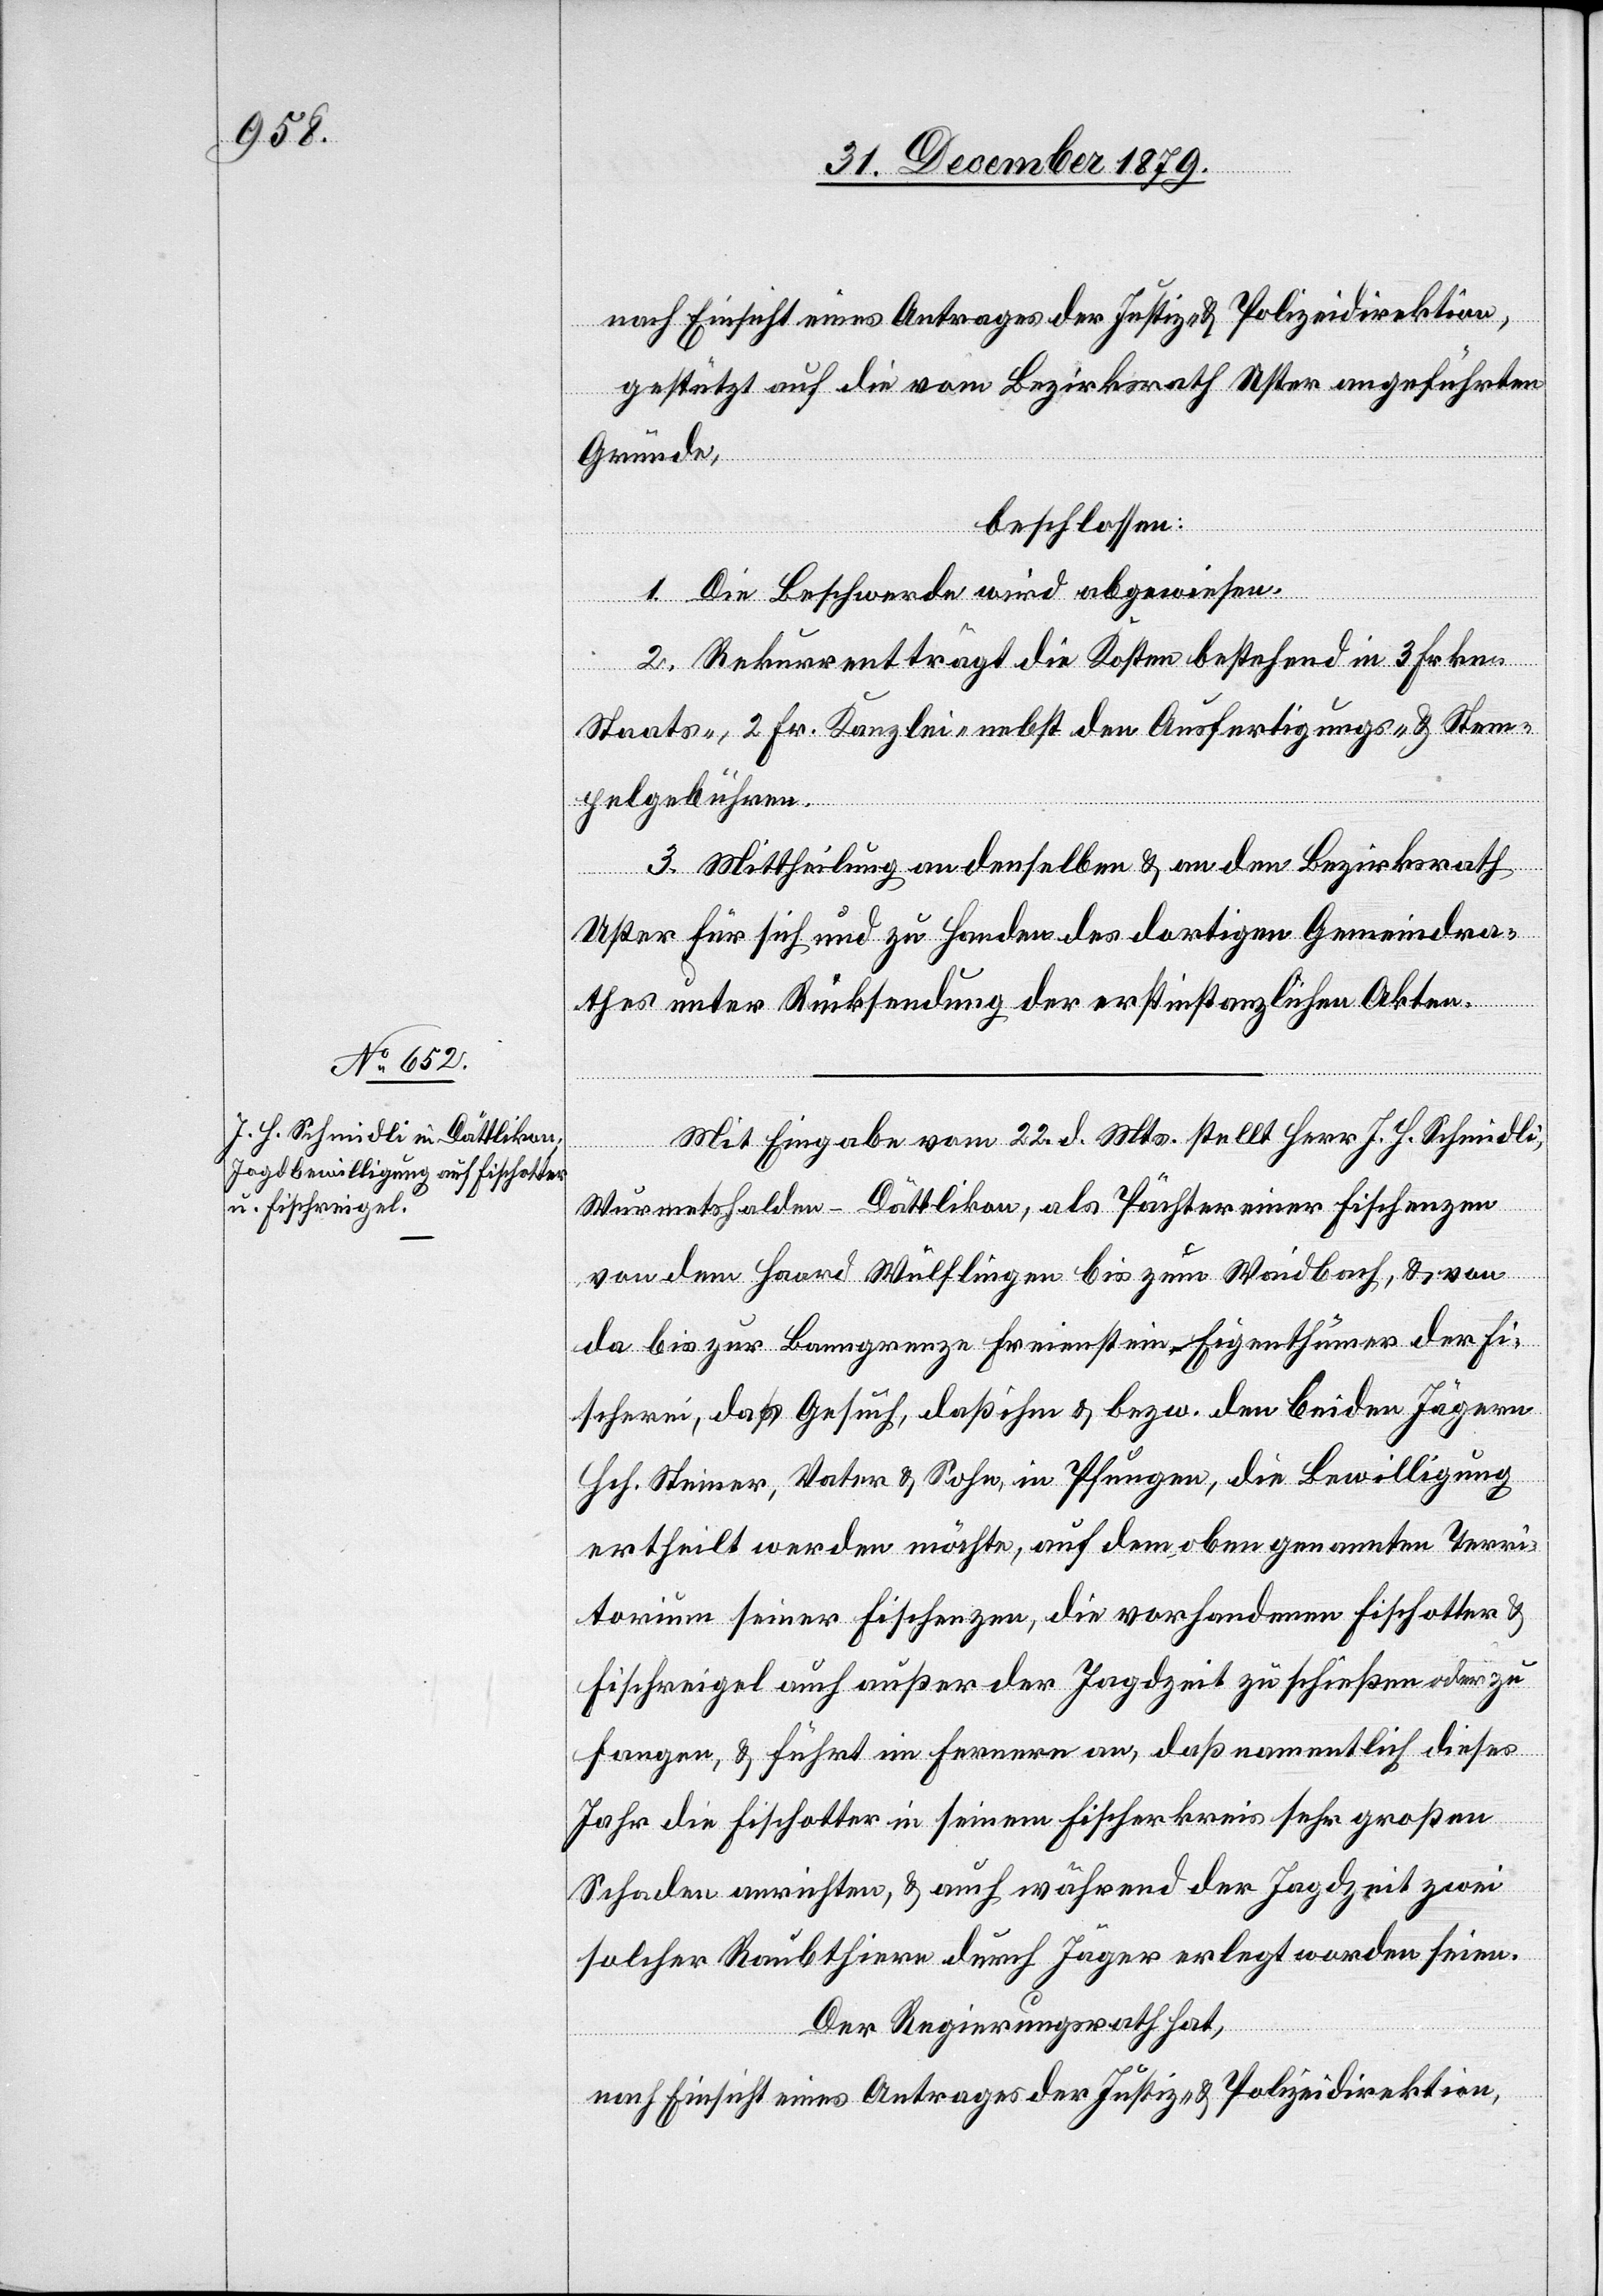
nach Einsicht eines Antrages der Justiz- & Polizeidirektion,
gestützt auf die vom Bezirksrath Uster angeführten
Gründe,
beschlossen:
1. Die Beschwerde wird abgewiesen.
2. Rekurrent trägt die Kosten bestehend in 3 Frkn.
Staats-, 2 Fr. Kanzlei- nebst den Ausfertigungs- & Stem¬
pelgebühren.
3. Mittheilung an denselben & an den Bezirksrath
Uster für sich und zu Handen des dortigen Gemeindra¬
thes unter Rücksendung der erstinstanzlichen Akten.
Mit Eingabe vom 22. d. Mts stellt Herr J. J. Schmidli,
Wurmetshalden - Dättlikon, als Pächter einer Fischenzen
von dem Haard Wülflingen bis zum Waidbach, & von
da bis zur Baumgrenze Freienstein, Eigenthümer der Fi¬
scherei, das Gesuch, daß ihm & bezw. den beiden Jägern
Hch. Steiner, Vater & Sohn, in Pfungen, die Bewilligung
ertheilt werden möchte, auf dem oben genannten Terri¬
torium seiner Fischenzen, die vorhandenen Fischotter &
Fischreigel auch außer der Jagdzeit zu schießen oder zu
fangen, & führt im fernern an, daß namentlich dieses
Jahr die Fischotter in seinem Fischerkreis sehr großen
Schaden anrichten, & auch während der Jagdzeit zwei
solcher Raubthiere durch Jäger erledigt worden seien.
Der Regierungsrath hat,
nach Einsicht eines Antrages der Justiz- & Polizeidirektion,